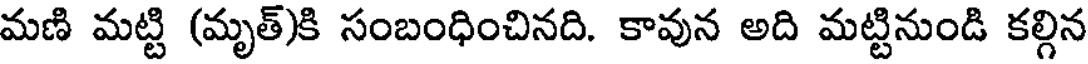
మణి మట్టి (మృత్)కి సంబంధించినది. కావున అది మట్టినుండి కల్గిన